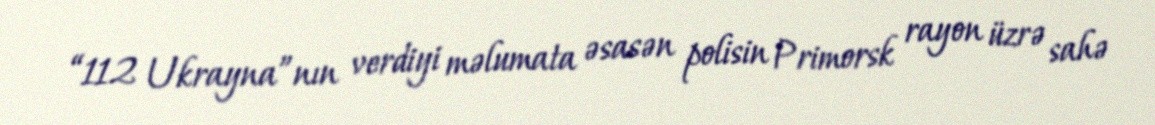
“112 Ukrayna”nın verdiyi məlumata əsasən polisin Primorsk rayon üzrə sahə